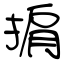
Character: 掮